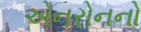
એનરોનનો